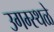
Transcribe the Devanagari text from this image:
उगम्स्थळे